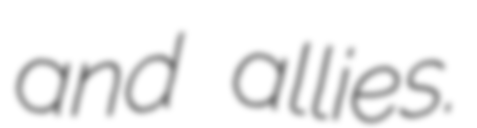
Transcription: and allies.